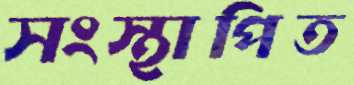
সংস্থাপিত